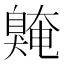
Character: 𫇌